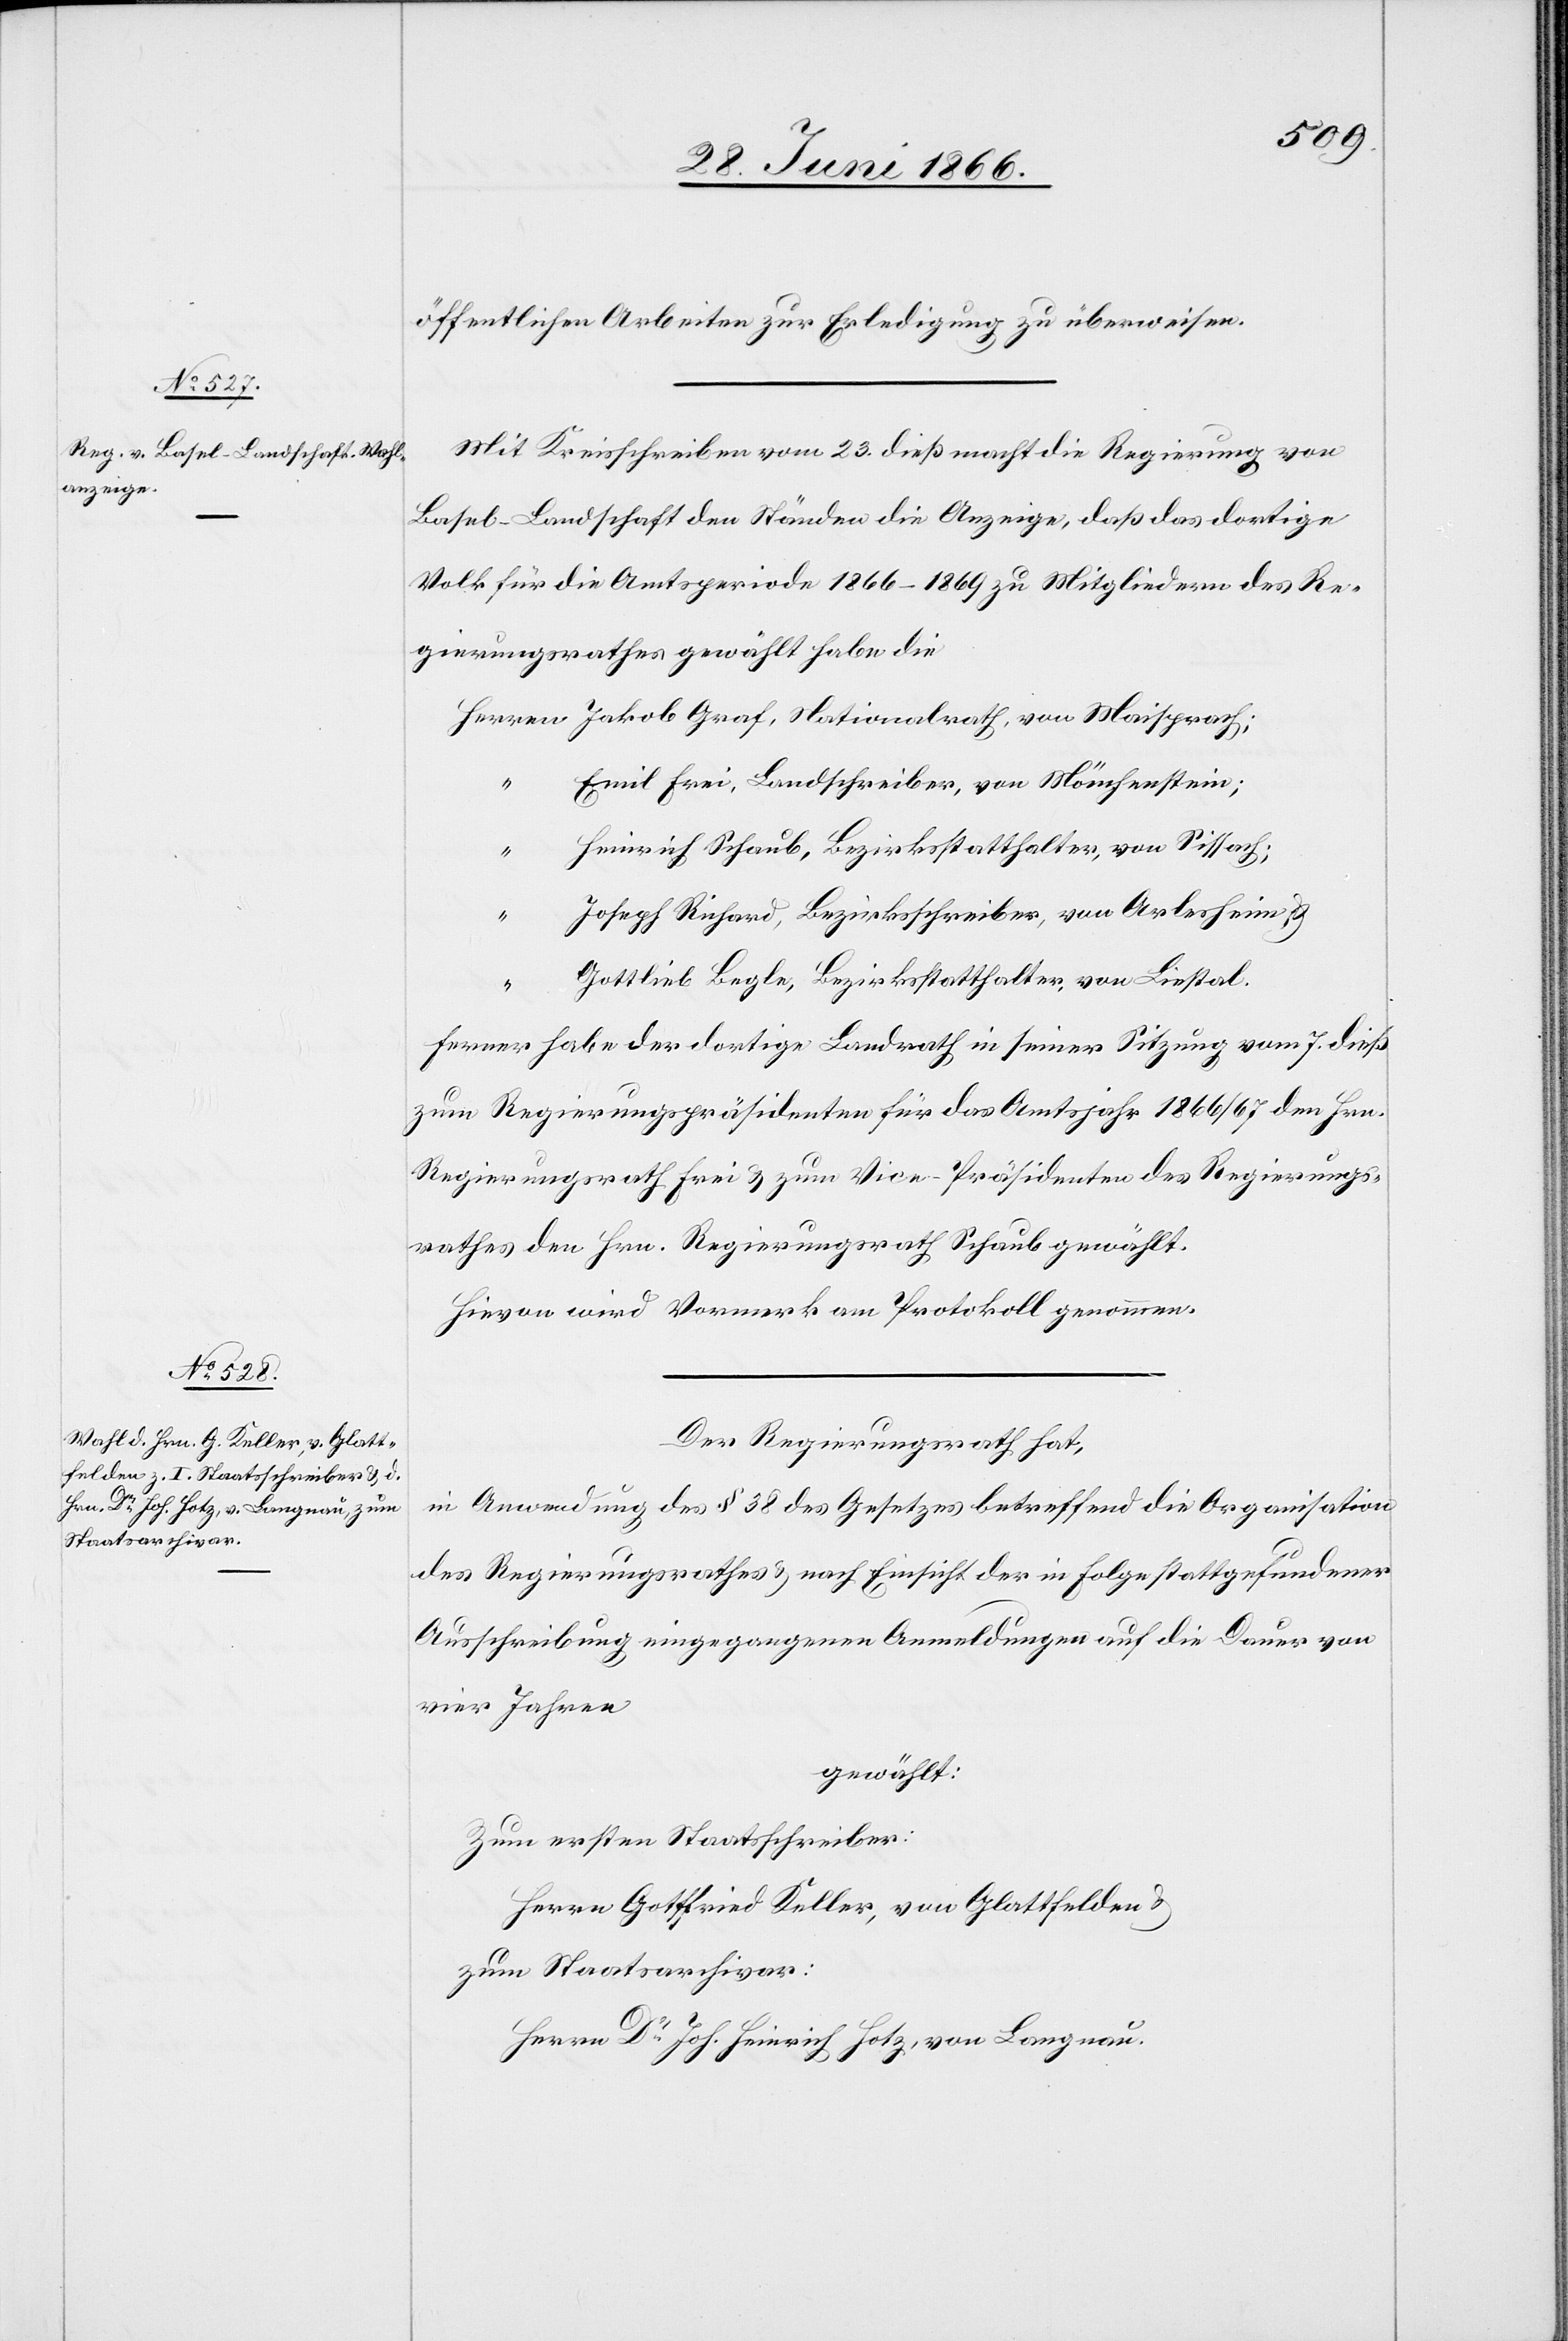
öffentlichen Arbeiten zur Erledigung zu überweisen.
Mit Kreisschreiben vom 23. dieß macht die Regierung von
Basel-Landschaft den Ständen die Anzeige, daß das dortige
Volk für die Amtsperiode 1866–1869 zu Mitgliedern des Re¬
gierungsrathes gewählt habe die
Emil Frei, Landschreiber, von Mönchenstein;
“
Heinrich Schaub, Bezirksstatthalter, von Sissach;
Joseph Richard, Bezirksschreiber, von Arlesheim
u.
Gottlieb Begle, Bezirksstatthalter, von Liestal.
ferner habe der dortige Landrath in seiner Sitzung vom 7. dieß
zum Regierungspräsidenten für das Amtsjahr 1866/67 den Hrn.
Regierungsrath Frei u. zum Vice-Präsidenten des Regierungs¬
rathes den Hrn. Regierungsrath Schaub gewählt.
Hievon wird Vormerk am Protokoll genommen.
Der Regierungsrath hat,
in Anwendung des § 38 des Gesetzes betreffend die Organisation
des Regierungsrathes u. nach Einsicht der in Folge stattgefundener
Ausschreibung eingegangenen Anmeldungen auf die Dauer von
vier Jahren
gewählt:
Zum ersten Staatsschreiber:
Herrn Gottfried Keller, von Glattfelden
zum Staatsarchivar:
Herrn Dr. Joh. Heinrich Hotz, von Langnau.